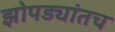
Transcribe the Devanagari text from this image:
झोपड्यांतच